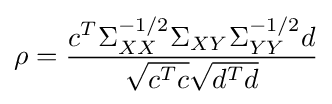
\rho ={\frac {c^{T}\Sigma _{XX}^{-1/2}\Sigma _{XY}\Sigma _{YY}^{-1/2}d}{{\sqrt {c^{T}c}}{\sqrt {d^{T}d}}}}